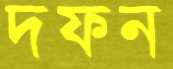
দফন